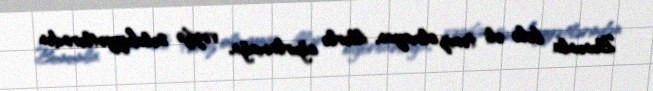
Bununla belə əli təmiz olmayan, illərlə oğurlamağa, vəzifə səlahiyyətlərindən